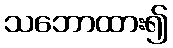
သဘောထား၍